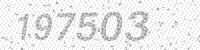
Solution: 197503